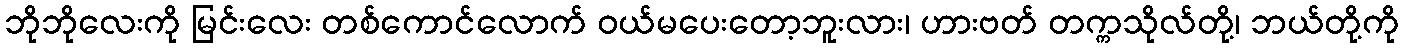
ဘိုဘိုလေးကို မြင်းလေး တစ်ကောင်လောက် ဝယ်မပေးတော့ဘူးလား၊ ဟားဗတ် တက္ကသိုလ်တို့၊ ဘယ်တို့ကို